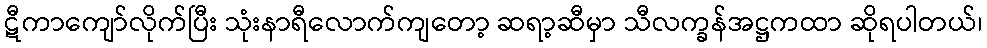
ဋီကာကျော်လိုက်ပြီး သုံးနာရီလောက်ကျတော့ ဆရာ့ဆီမှာ သီလက္ခန်အဋ္ဌကထာ ဆိုရပါတယ်၊